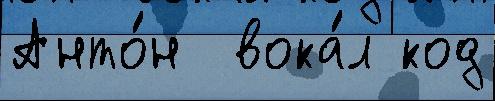
Анто́н  вока́л код